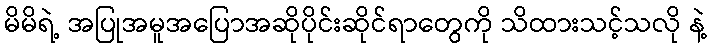
မိမိရဲ့ အပြုအမူအပြောအဆိုပိုင်းဆိုင်ရာတွေကို သိထားသင့်သလို နဲ့